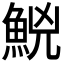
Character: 𩷇